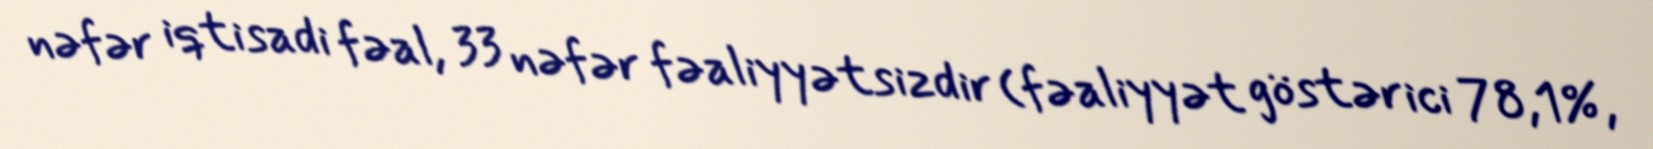
nəfər iqtisadi fəal, 33 nəfər fəaliyyətsizdir (fəaliyyət göstərici 78,1%,